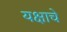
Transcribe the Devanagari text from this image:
यक्षाचे